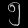
Digit: ၅